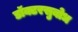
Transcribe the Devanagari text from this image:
डॉक्टरसुबोध